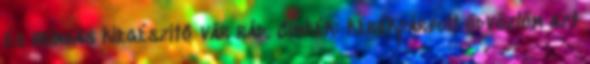
és bringás kiegészítő vár rád. Címkék: kerékpárbolt üdvözlöm azt